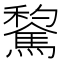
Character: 𲋾